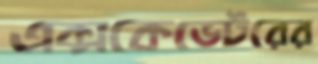
এক্সকেভেটরের